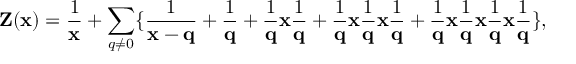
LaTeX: { \bf Z ( { \bf x } ) } = \frac { 1 } { { \bf x } } + \sum _ { q \neq 0 } \{ \frac { 1 } { { \bf x - q } } + \frac { 1 } { { \bf q } } + \frac { 1 } { { \bf q } } { \bf x } \frac { 1 } { { \bf q } } + \frac { 1 } { { \bf q } } { \bf x } \frac { 1 } { { \bf q } } { \bf x } \frac { 1 } { { \bf q } } + \frac { 1 } { { \bf q } } { \bf x } \frac { 1 } { { \bf q } } { \bf x } \frac { 1 } { { \bf q } } { \bf x } \frac { 1 } { { \bf q } } \} ,